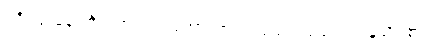
ပရိဝတ္တနောတိ၊ ကား။ ဒဒတော၊ အား။ ပုညံ၊ သည်။ ပဝဍ္ဎတိ၊ ၏။